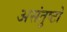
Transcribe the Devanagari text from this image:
असंतुष्टो